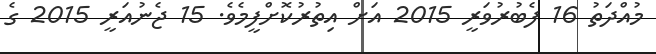
މުއްދަތު 16 ފެބުރުވަރީ 2015 އަށް އިތުރުކޮށްފީމެވެ. 15 ޖެނުއަރީ 2015 ގެ